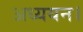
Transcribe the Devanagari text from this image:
अध्‍ययन।